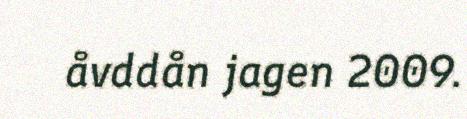
åvddån jagen 2009.